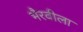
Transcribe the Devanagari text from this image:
भैरवीला